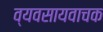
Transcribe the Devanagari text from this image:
व्यवसायवाचक